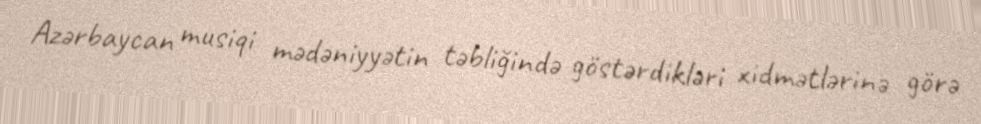
Azərbaycan musiqi mədəniyyətin təbliğində göstərdikləri xidmətlərinə görə